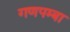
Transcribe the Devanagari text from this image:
गणपम्बा